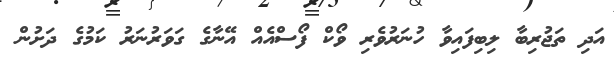
އަދި ތަޖުރިބާ ލިބިފައިވާ ހުނަރުވެރި ވޯކް ފޯސްއެއް އޭނާގެ ގަވަރުނަރު ކަމުގެ ދަށުން